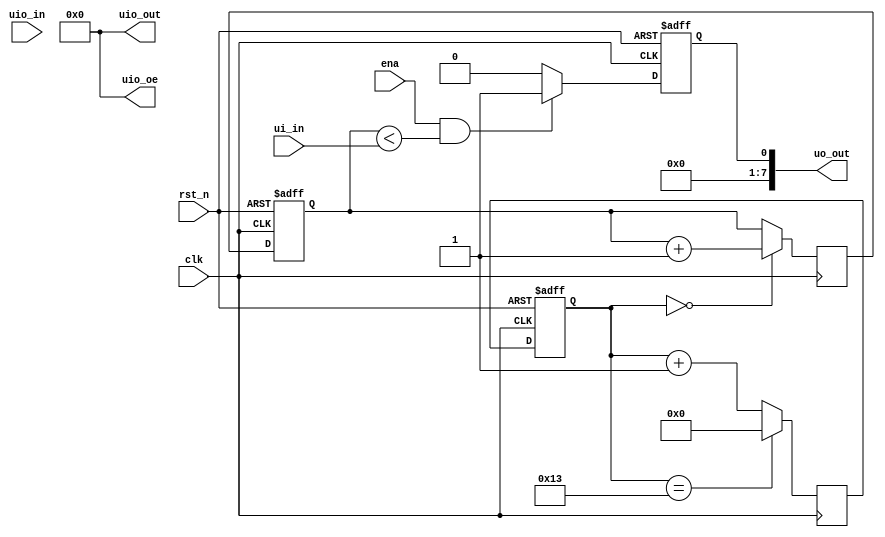
module tt_um_pwm_1 (
  input  wire       ena,      // will go high when the design is enabled
  input  wire       clk,      // clock
  input  wire       rst_n,     // rst_n_n - low to rst_n
  input wire [7:0]  ui_in,
  output wire [7:0] uo_out,
  input  wire [7:0] uio_in,    // IOs: Input path
  output wire [7:0] uio_out,   // IOs: Output path
  output wire [7:0] uio_oe    // IOs: Enable path (active high: 0=input, 1=output)
);

reg [31:0] q_reg, q_next;  // Registro para el contador del preescalado
reg [7:0] d_reg, d_next;   // Registro para el contador del ciclo de trabajo
reg [8:0] d_ext;           // Extensin del contador del ciclo de trabajo
reg pwm_reg, pwm_next;     // Registro y prximo valor de la seal de PWM
wire tick;                 // Seal para indicar el inicio de un ciclo PWM
wire [31:0] dvsr = 32'b00000000000000000000000000010011; // Valor fijo de dvsr 19 para clk = 10 MHz (pwm_freq = 980 Hz)

// Assigning values to output wires
assign uio_out = 8'h00;
assign uio_oe = 8'h00;
assign uo_out[7:1] = 7'h00;
// Here we use uio_in without modifying the output
wire [7:0] additional_input = uio_in;

always @(posedge clk, posedge rst_n) begin
    if (rst_n) begin
    q_reg <= 32'b0;
    d_reg <= 8'b0;
    pwm_reg <= 1'b0;
    end else begin
    q_reg <= q_next;
    d_reg <= d_next;
    pwm_reg <= pwm_next;
    end
end

// "prescaler" counter (Contador de preescalado)
always @(posedge clk) begin
  if (q_reg == dvsr) begin
    q_next <= 32'b0;
  end else begin
    q_next <= q_reg + 1;
  end
end

assign tick = (q_reg == 32'b0);

// duty cycle counter (Contador del ciclo de trabajo)
always @(posedge clk) begin
  if (tick) begin
    d_next <= d_reg + 1;
  end else begin
    d_next <= d_reg;
  end
end

always @(*) begin
  d_ext = {1'b0, d_reg};
end

// comparison circuit (Circuito de comparacin para generar PWM)
always @(*) begin
  if (ena && (d_ext < ui_in)) begin
    pwm_next = 1'b1;
  end else begin
    pwm_next = 1'b0;
  end
end

  assign uo_out[0] = pwm_reg;

endmodule